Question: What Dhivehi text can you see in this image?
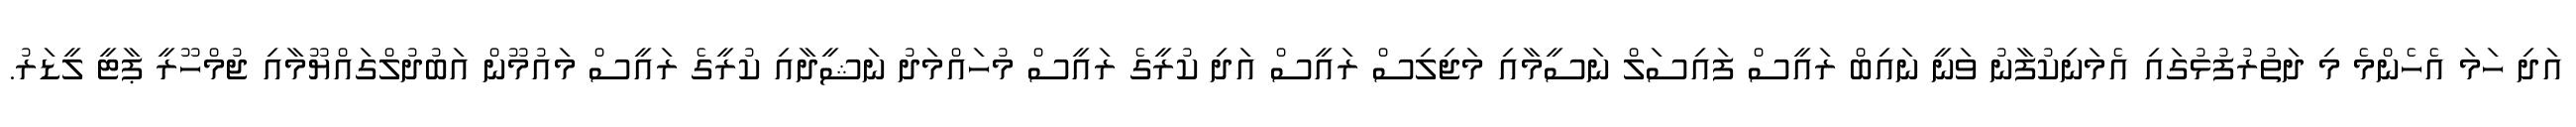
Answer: އަދި ހަމަ އެހެންމެ މި ދަތުރުފުޅުގައި އެމަނިކުފާނު ވަނީ ނައިބް ރައީސް ފައިސަލް ނަސީމާއި މަޖިލިސް ރައީސް އަދި ކުރީގެ ރައީސް މުހައްމަދު ނަޝީދާއި ކުރީގެ ރައީސް މައުމޫން އަބުދުލްގައްޔޫމާއި ޖުމްހޫރީ ޕާޓީ ލީޑަރު.